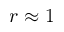
r \approx 1